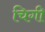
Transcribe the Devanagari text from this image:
चिगी